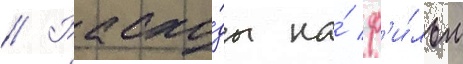
// Расхо́ды на́ ф'и́льм